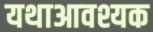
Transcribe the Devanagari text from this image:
यथाआवश्यक